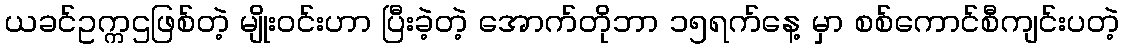
ယခင်ဥက္ကဌဖြစ်တဲ့ မျိုးဝင်းဟာ ပြီးခဲ့တဲ့ အောက်တိုဘာ ၁၅ရက်နေ့ မှာ စစ်ကောင်စီကျင်းပတဲ့